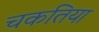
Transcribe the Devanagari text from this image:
चकतिया